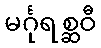
မင်္ဂုရစ္ဆဝီ